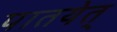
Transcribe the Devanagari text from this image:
पातयेत्